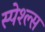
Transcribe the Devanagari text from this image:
स्पेश्ल्स